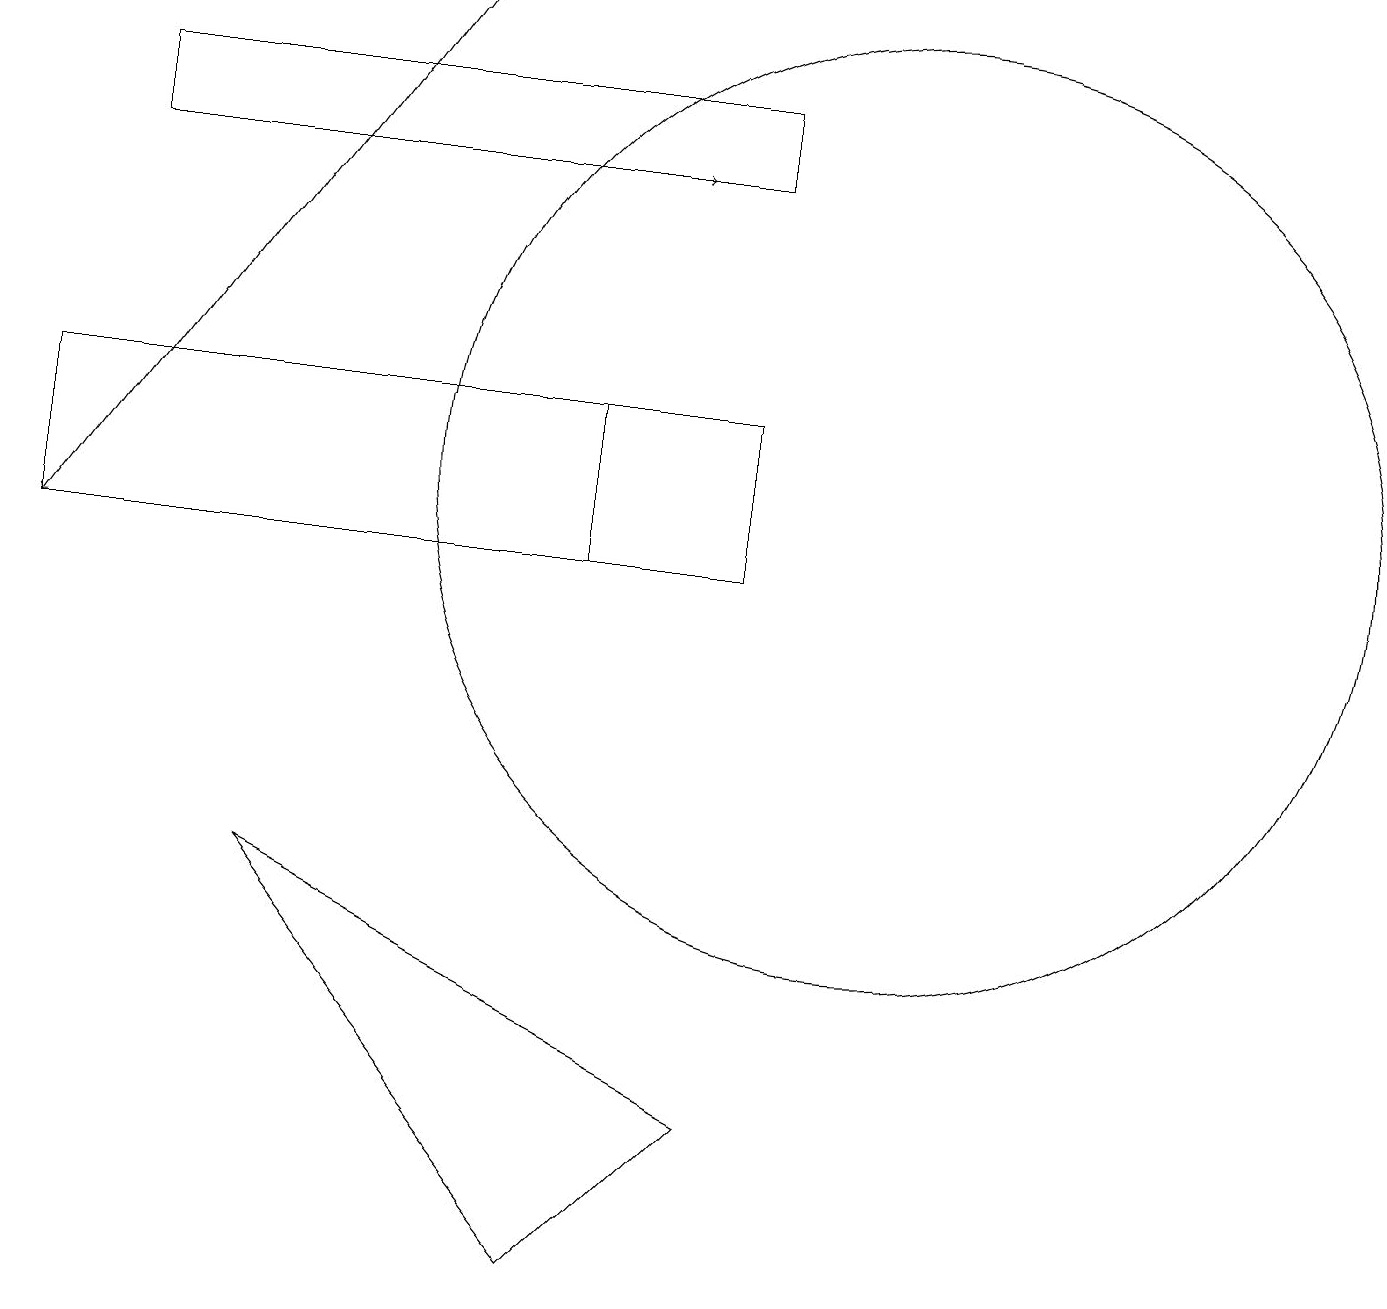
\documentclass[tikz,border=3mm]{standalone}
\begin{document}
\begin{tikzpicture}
\draw (9,15) rectangle (1,16);
\draw (0,10) rectangle (7,12);
\draw (11,11) circle (6);
\draw (3,6) -- (7,1) -- (9,3) -- cycle;
\draw[->] (1,15) -- (8,15);
\draw (0,10) rectangle (9,12);
\draw[->] (5,17) -- (0,10);
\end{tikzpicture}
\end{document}